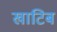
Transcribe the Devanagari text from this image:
खाटिब